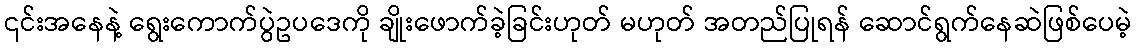
၎င်းအနေနဲ့ ရွေးကောက်ပွဲဥပဒေကို ချိုးဖောက်ခဲ့ခြင်းဟုတ် မဟုတ် အတည်ပြုရန် ဆောင်ရွက်နေဆဲဖြစ်ပေမဲ့